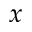
x